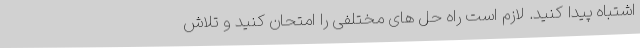
اشتباه پیدا کنید. لازم است راه حل های مختلفی را امتحان کنید و تلاش